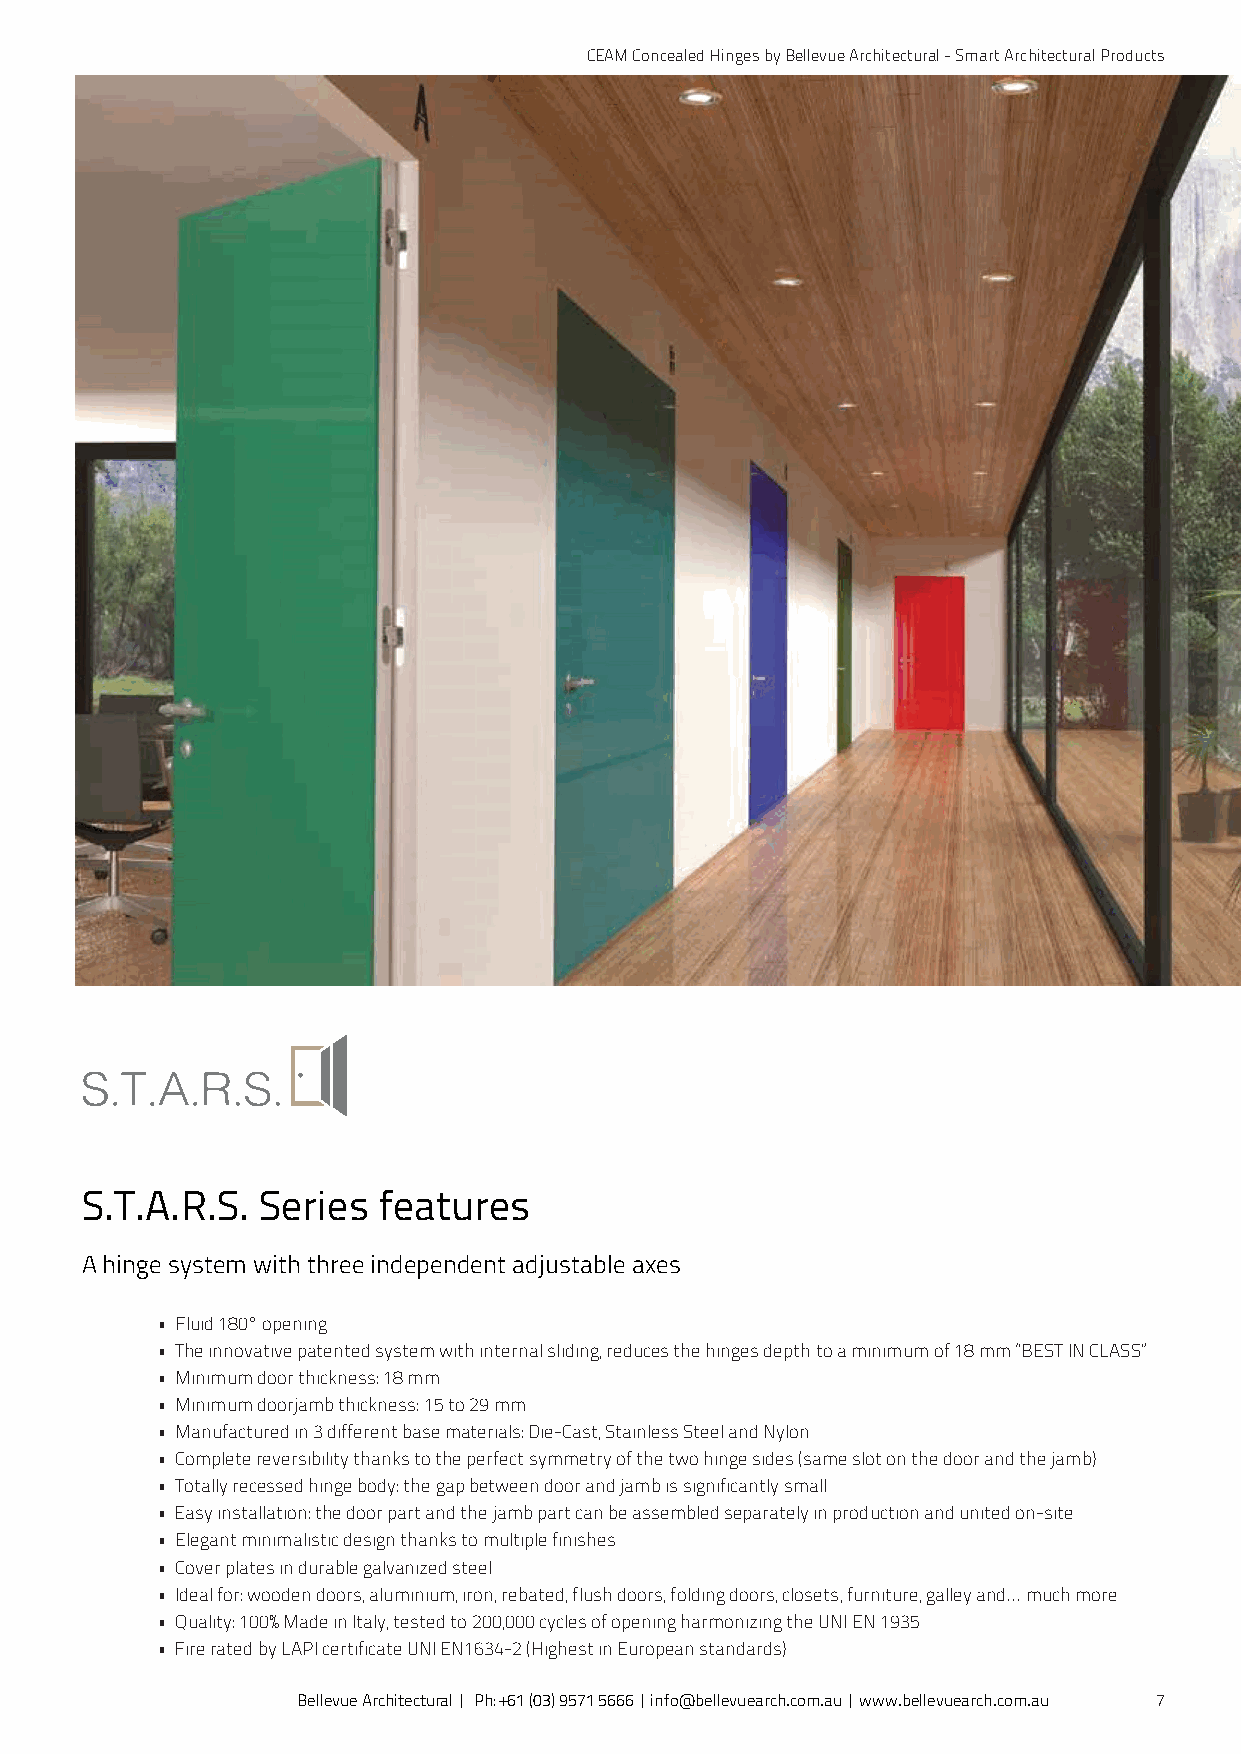
CEAM Concealed Hinges by Bellevue Architectural - Smart Architectural Products
 S.T.A.R.S.  Series  features
 A hinge system with three independent adjustable axes
 • Fluid 180° opening
 • The innovative patented system with internal sliding, reduces the hinges depth to a minimum of 18 mm “BEST IN CLASS”
 • Minimum door thickness: 18 mm
 • Minimum doorjamb thickness: 15 to 29 mm
 • Manufactured in 3 different base materials: Die-Cast, Stainless Steel and Nylon
 • Complete reversibility thanks to the perfect symmetry of the two hinge sides (same slot on the door and the jamb)
 • Totally recessed hinge body: the gap between door and jamb is significantly small
 • Easy installation: the door part and the jamb part can be assembled separately in production and united on-site
 • Elegant minimalistic design thanks to multiple finishes
 • Cover plates in durable galvanized steel
 • Ideal for: wooden doors, aluminium, iron, rebated, flush doors, folding doors, closets, furniture, galley and... much more
 • Quality: 100% Made in Italy, tested to 200,000 cycles of opening harmonizing the UNI EN 1935
 • Fire rated by LAPI certificate UNI EN1634-2 (Highest in European standards)
 Bellevue Architectural | Ph: +61 (03) 9571 5666 | info@bellevuearch.com.au | www.bellevuearch.com.au 7